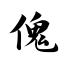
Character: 傀